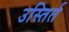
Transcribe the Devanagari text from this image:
उस्तिर्त